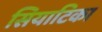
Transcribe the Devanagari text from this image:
सियाटिका